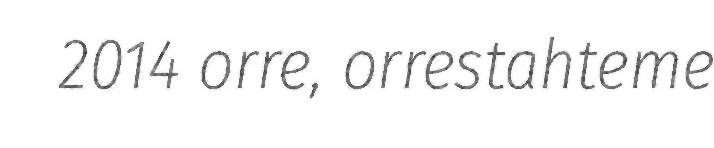
2014 orre, orrestahteme